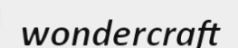
wondercraft